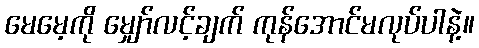
မေမေ့ကို မျှော်လင့်ချက် ကုန်အောင်မလုပ်ပါနဲ့။